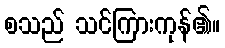
စသည် သင်ကြားကုန်၏။